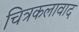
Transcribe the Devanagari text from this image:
चित्रकलावाद